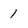
Character: 1